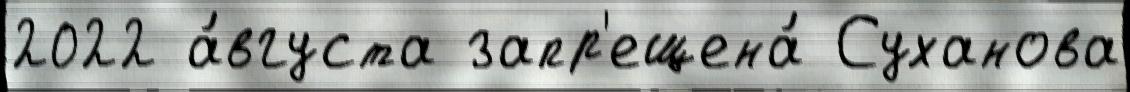
2022 а́вгуста запр'ещена́ Суханова